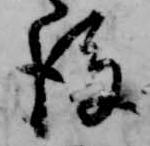
後